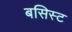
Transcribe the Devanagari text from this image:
बसिस्ट